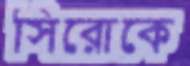
সিরোকে